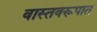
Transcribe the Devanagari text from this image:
वास्तवरूपात